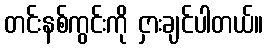
တင်းနစ်ကွင်းကို ငှားချင်ပါတယ်။